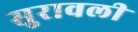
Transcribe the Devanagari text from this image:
सुरावली